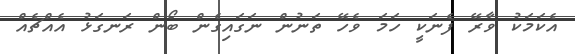
އެކަމަކު ވާރޭ ފެނަކީ ހަމަ ވެހޭ ތަނުން ނަގައިގެން ބޯން ރަނގަޅު އެއްޗެއް